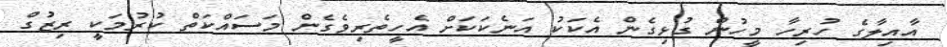
އާއިލާގެ ހުރިހާ މީހުން ގުޅިގެން އެކަކު އަނެކަކަށް އެހީތެރިވެގެން މަސައްކަތް ކުރުމަކީ ރިޒުގް